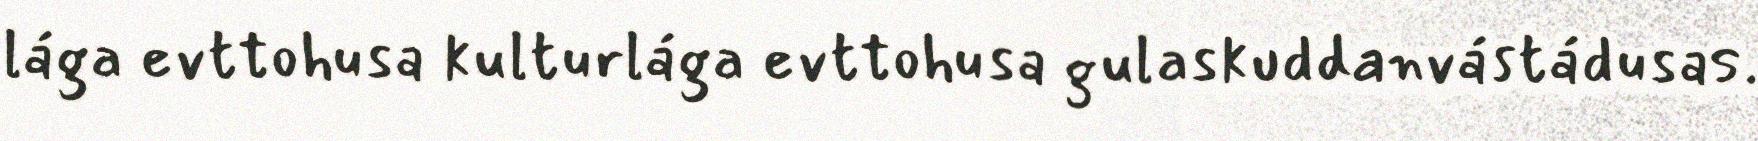
lága evttohusa kulturlága evttohusa gulaskuddanvástádusas.